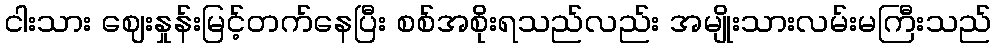
ငါးသား ဈေးနှုန်းမြင့်တက်နေပြီး စစ်အစိုးရသည်လည်း အမျိုးသားလမ်းမကြီးသည်